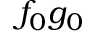
f _ { 0 } g _ { 0 }